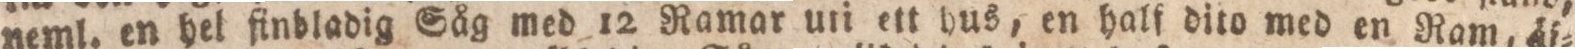
neml. en hel finbladig Såg med 12 Ramar uti ett hus, en half dito med en Ram, äf=